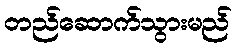
တည်ဆောက်သွားမည်